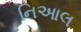
નિઆલ